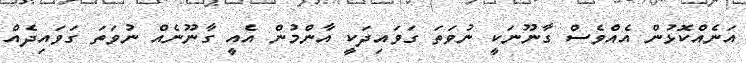
އަނެއްކޮޅުން އެއްވެސް ގާނޫނަކީ ނުވަތަ ގަވައިދަކީ އާންމުން އެއީ ގާނޫނެއް ނުވަތަ ގަވައިދެއް